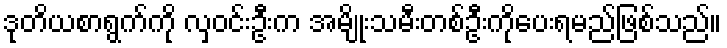
ဒုတိယစာရွက်ကို လှဝင်းဦးက အမျိုးသမီးတစ်ဦးကိုပေးရမည်ဖြစ်သည်။